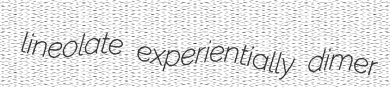
lineolate experientially dimer